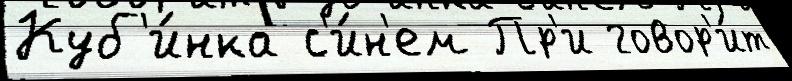
Куб'и́нка с'и́н'ем Пр'и говор'и́т